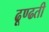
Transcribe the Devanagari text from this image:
ढूण्ढती